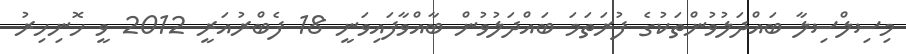
މިސިލްސިލާ ބައްދަލުވުންތަކުގެ ފުރަތަމަ ބައްދަލުވުން ބާއްވާފައިވަނީ 18 ފެބްރުއަރީ 2012 ވީ ހޮނިހިރު